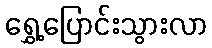
ရွှေ့ပြောင်းသွားလာ